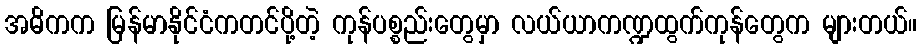
အဓိကက မြန်မာနိုင်ငံကတင်ပို့တဲ့ ကုန်ပစ္စည်းတွေမှာ လယ်ယာကဏ္ဍထွက်ကုန်တွေက များတယ်။